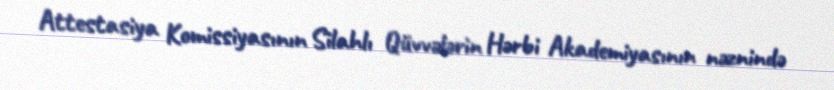
Attestasiya Komissiyasının Silahlı Qüvvələrin Hərbi Akademiyasının nəznində